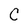
Character: C